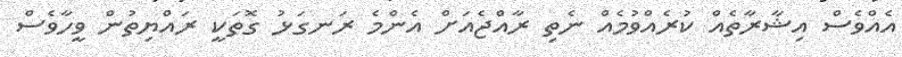
އެއްވެސް އިޝާރާތެއް ކުރެއްވުމެއް ނެތި ރާއްޖެއަށް އެންމެ ރަނގަޅު ގޮތަކީ ރައްޔިތުން ވީހާވެސް